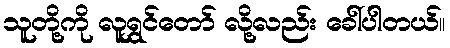
သူတို့ကို လူရွှင်တော် လို့လည်း ခေါ်ပါတယ်။